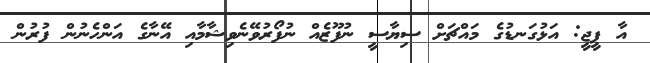
އާ ޕީޖީ: އަޅުގަނޑުގެ މައްޗަށް ސިޔާސީ ނުފޫޒެއް ނުފޯރުވޭނެވިޝާމާއި އޭނާގެ އަންހެނުން ފުރުން